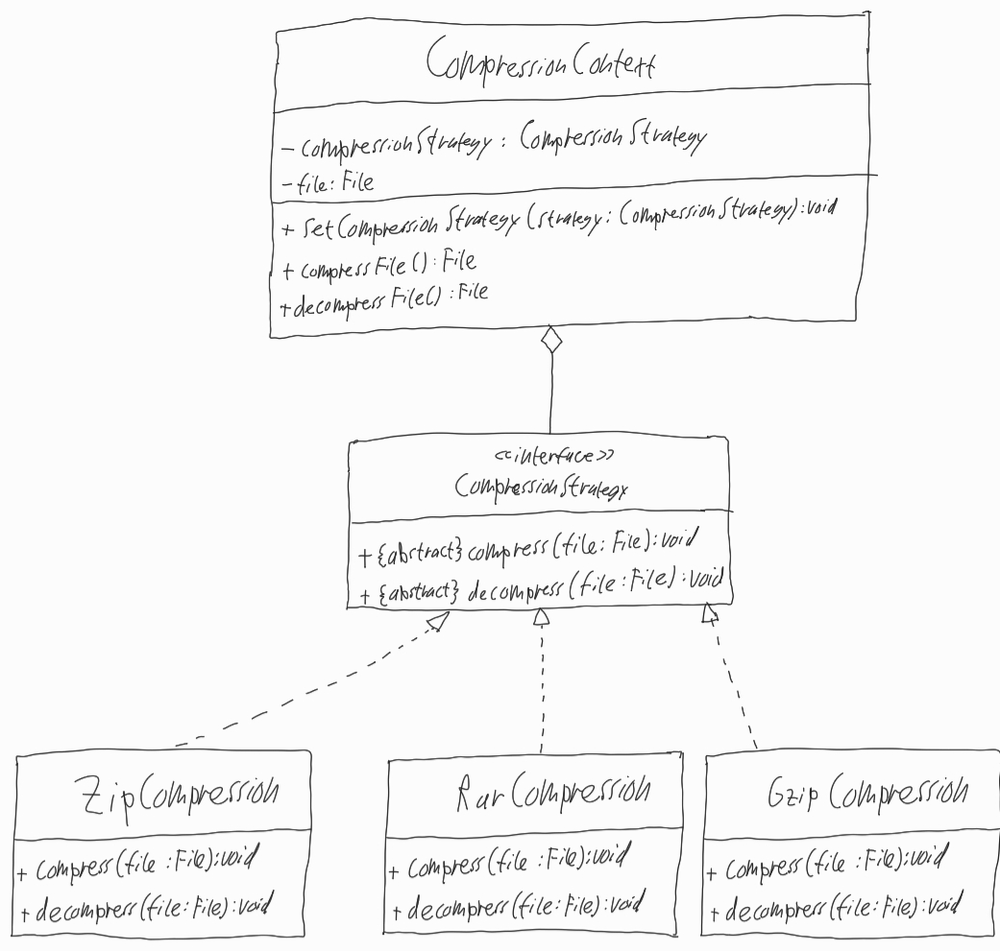
Diagram type: class_diagram
```plantuml
@startuml

class CompressionContext {
  - compressionStrategy: CompressionStrategy
  - file: File
  + setCompressionStrategy(strategy: CompressionStrategy): void
  + compressFile(): File
  + decompressFile(): File
}

interface CompressionStrategy {
  + {abstract} compress(file: File): void
  + {abstract} decompress(file: File): void
}

class ZipCompression implements CompressionStrategy {
  + compress(file: File): void
  + decompress(file: File): void
}

class RarCompression implements CompressionStrategy {
  + compress(file: File): void
  + decompress(file: File): void
}

class GzipCompression implements CompressionStrategy {
  + compress(file: File): void
  + decompress(file: File): void
}

CompressionContext o-- CompressionStrategy

@enduml
```